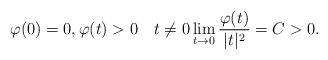
LaTeX: \begin{align*}\varphi(0)=0, \varphi(t) >0 \quad t\neq 0 \lim_{t \to 0} \frac{\varphi(t)}{|t|^2}=C>0.\end{align*}